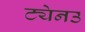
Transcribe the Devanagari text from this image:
ट्येनउ